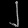
Digit: ၂